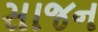
સાજન